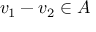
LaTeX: v _ { 1 } - v _ { 2 } \in A